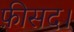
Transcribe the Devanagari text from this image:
फ़ीसद।